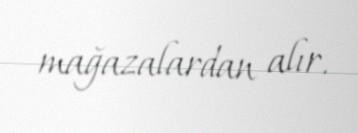
mağazalardan alır.